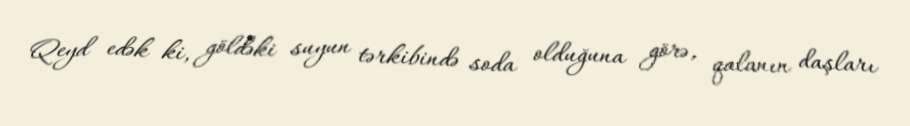
Qeyd edək ki, göldəki suyun tərkibində soda olduğuna görə, qalanın daşları